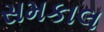
સમકાલ